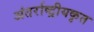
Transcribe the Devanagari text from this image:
अंतर्राष्ट्रीयकृत